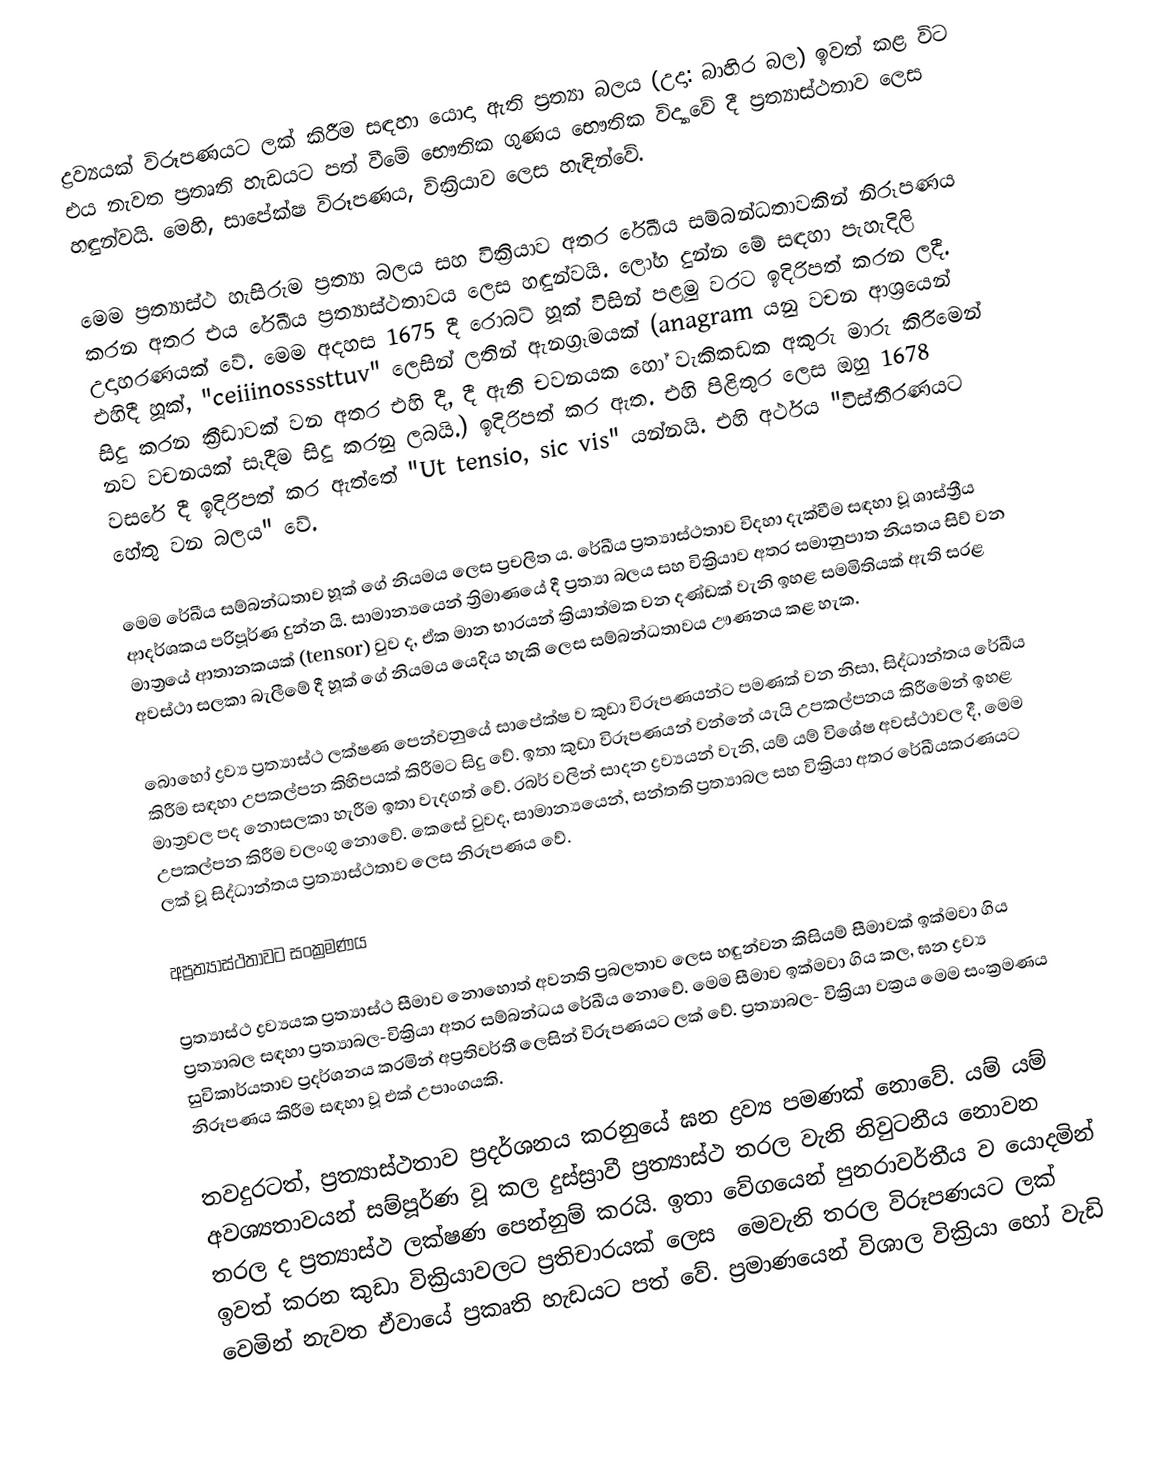
ද්‍රව්‍යයක් විරූපණයට ලක් කිරීම සඳහා යොදා ඇති ප්‍රත්‍යා බලය (උදා: බාහිර බල) ඉවත් කළ විට එය නැවත ප්‍රතෘති හැඩයට පත් වීමේ භෞතික ගුණය භෞතික විද්‍යාවේ දී ප්‍රත්‍යාස්ථතාව ලෙස හඳුන්වයි. මෙහි, සාපේක්ෂ විරූපණය, වික්‍රියාව ලෙස හැඳින්වේ.

මෙම ප්‍රත්‍යාස්ථ හැසිරුම ප්‍රත්‍යා බලය සහ වික්‍රියාව අතර රේඛීය සම්බන්ධතාවකින් නිරූපණය කරන අතර එය රේඛීය ප්‍රත්‍යාස්ථතාවය ලෙස හඳුන්වයි. ‍ලෝහ දුන්න මේ සඳහා පැහැදිලි උදාහරණයක් වේ. මෙම අදහස 1675 දී රොබට් හූක් විසින් පළමු වරට ඉදිරිපත් කරන ලදී.  එහිදී හූක්, "ceiiinossssttuv" ලෙසින් ලතින් ඇනග්‍රෑමයක් (anagram යනු වචන ආශ්‍රයෙන් සිදු කරන ක්‍රීඩාවක් වන අතර එහි දී, දී ඇති චවනයක හෝ වැකිකඩක අකුරු මාරු කිරීමෙන් නව වචනයක් සෑදීම සිදු කරනු ලබයි.) ඉදිරිපත් කර ඇත. එහි පිළිතුර ලෙස ඔහු 1678 වසරේ දී ඉදිරිපත් කර ඇත්තේ "Ut tensio, sic vis" යන්නයි. එහි අර්ථය "විස්තීරණයට හේතු වන බලය" වේ.

මෙම රේඛීය සම්බන්ධතාව හූක් ගේ නියමය ලෙස ප්‍රචලිත ය. රේඛීය ප්‍රත්‍යාස්ථතාව විදහා දැක්වීම සඳහා වූ ශාස්ත්‍රීය ආදර්ශකය පරිපූර්ණ දුන්න යි.  සාමාන්‍යයෙන් ත්‍රිමාණයේ දී ප්‍රත්‍යා බලය සහ වික්‍රියාව අතර සමානුපාත නියතය සිව් වන මාත්‍රයේ ආතානකයක් (tensor) වුව ද, ඒක මාන භාරයන් ක්‍රියාත්මක වන දණ්ඩක් වැනි ඉහළ සමමිතියක් ඇති සරළ අවස්ථා සලකා බැලීමේ දී හූක් ගේ නියමය යෙදිය හැකි ලෙස සම්බන්ධතාවය ඌණනය කළ හැක.

බොහෝ ද්‍රව්‍ය ප්‍රත්‍යාස්ථ ලක්ෂණ පෙන්වනුයේ සාපේක්ෂ ව කුඩා විරූපණයන්ට පමණක් වන නිසා, සිද්ධාන්තය රේඛීය කිරීම සඳහා උපකල්පන කිහිපයක් කිරීමට සිදු වේ. ඉතා කුඩා විරූපණයන් වන්නේ යැයි උපකල්පනය කිරීමෙන් ඉහළ මාත්‍රවල පද නොසලකා හැරීම ඉතා වැදගත් වේ. රබර් වලින් සාදන ද්‍රව්‍යයන් වැනි, යම් යම් විශේෂ අවස්ථාවල දී, මෙම උපකල්පන කිරීම වලංගු නොවේ. කෙසේ වුවද, සාමාන්‍යයෙන්, සන්තති ප්‍රත්‍යාබල සහ වික්‍රියා අතර රේඛීයකරණයට ලක් වූ සිද්ධාන්තය ප්‍රත්‍යාස්ථතාව ලෙස නිරූපණය වේ.

අප්‍රත්‍යාස්ථතාවට සංක්‍රමණය

ප්‍රත්‍යාස්ථ ද්‍රව්‍යයක ප්‍රත්‍යාස්ථ සීමාව නොහොත් අවනති ප්‍රබලතාව ලෙස හඳුන්වන කිසියම් සීමාවක් ඉක්මවා ගිය ප්‍රත්‍යාබල සඳහා ප්‍රත්‍යාබල-වික්‍රියා අතර සම්බන්ධය රේඛීය නොවේ. මෙම සීමාව ඉක්මවා ගිය කල, ඝන ද්‍රව්‍ය සුවිකාර්යතාව ප්‍රදර්ශනය කරමින් අප්‍රතිවර්තී ලෙසින් විරූපණයට ලක් වේ. ප්‍රත්‍යාබල- වික්‍රියා වක්‍රය මෙම සංක්‍රමණය නිරූපණය කිරීම සඳහා වූ එක් උපාංගයකි.

තවදුරටත්, ප්‍රත්‍යාස්ථතාව ප්‍රදර්ශනය කරනුයේ ඝන ද්‍රව්‍ය පමණක් නොවේ. යම් යම් අවශ්‍යතාවයන් සම්පූර්ණ වූ කල දුස්ස්‍රාවී ප්‍රත්‍යාස්ථ තරල වැනි නිවුටනීය නොවන තරල ද ප්‍රත්‍යාස්ථ ලක්ෂණ පෙන්නුම් කරයි. ඉතා වේගයෙන් පුනරාවර්තීය ව යොදමින් ඉවත් කරන කුඩා වික්‍රියාවලට ප්‍රතිචාරයක් ලෙස ‍ මෙවැනි තරල විරූපණයට ලක් වෙමින් නැවත ඒවායේ ප්‍රකෘති හැඩයට පත් වේ. ප්‍රමාණයෙන් විශාල  වික්‍රියා හෝ වැඩි